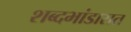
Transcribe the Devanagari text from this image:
शब्दभांडारात